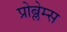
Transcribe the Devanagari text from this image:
प्रोब्लेम्स